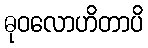
ဓုဝလောဟိတာပိ